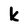
Character: k